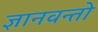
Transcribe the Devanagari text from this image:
ज्ञानवन्तो